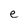
Character: e